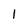
Character: 1